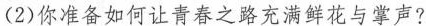
(2)你准备如何让青春之路充满鲜花与掌声?